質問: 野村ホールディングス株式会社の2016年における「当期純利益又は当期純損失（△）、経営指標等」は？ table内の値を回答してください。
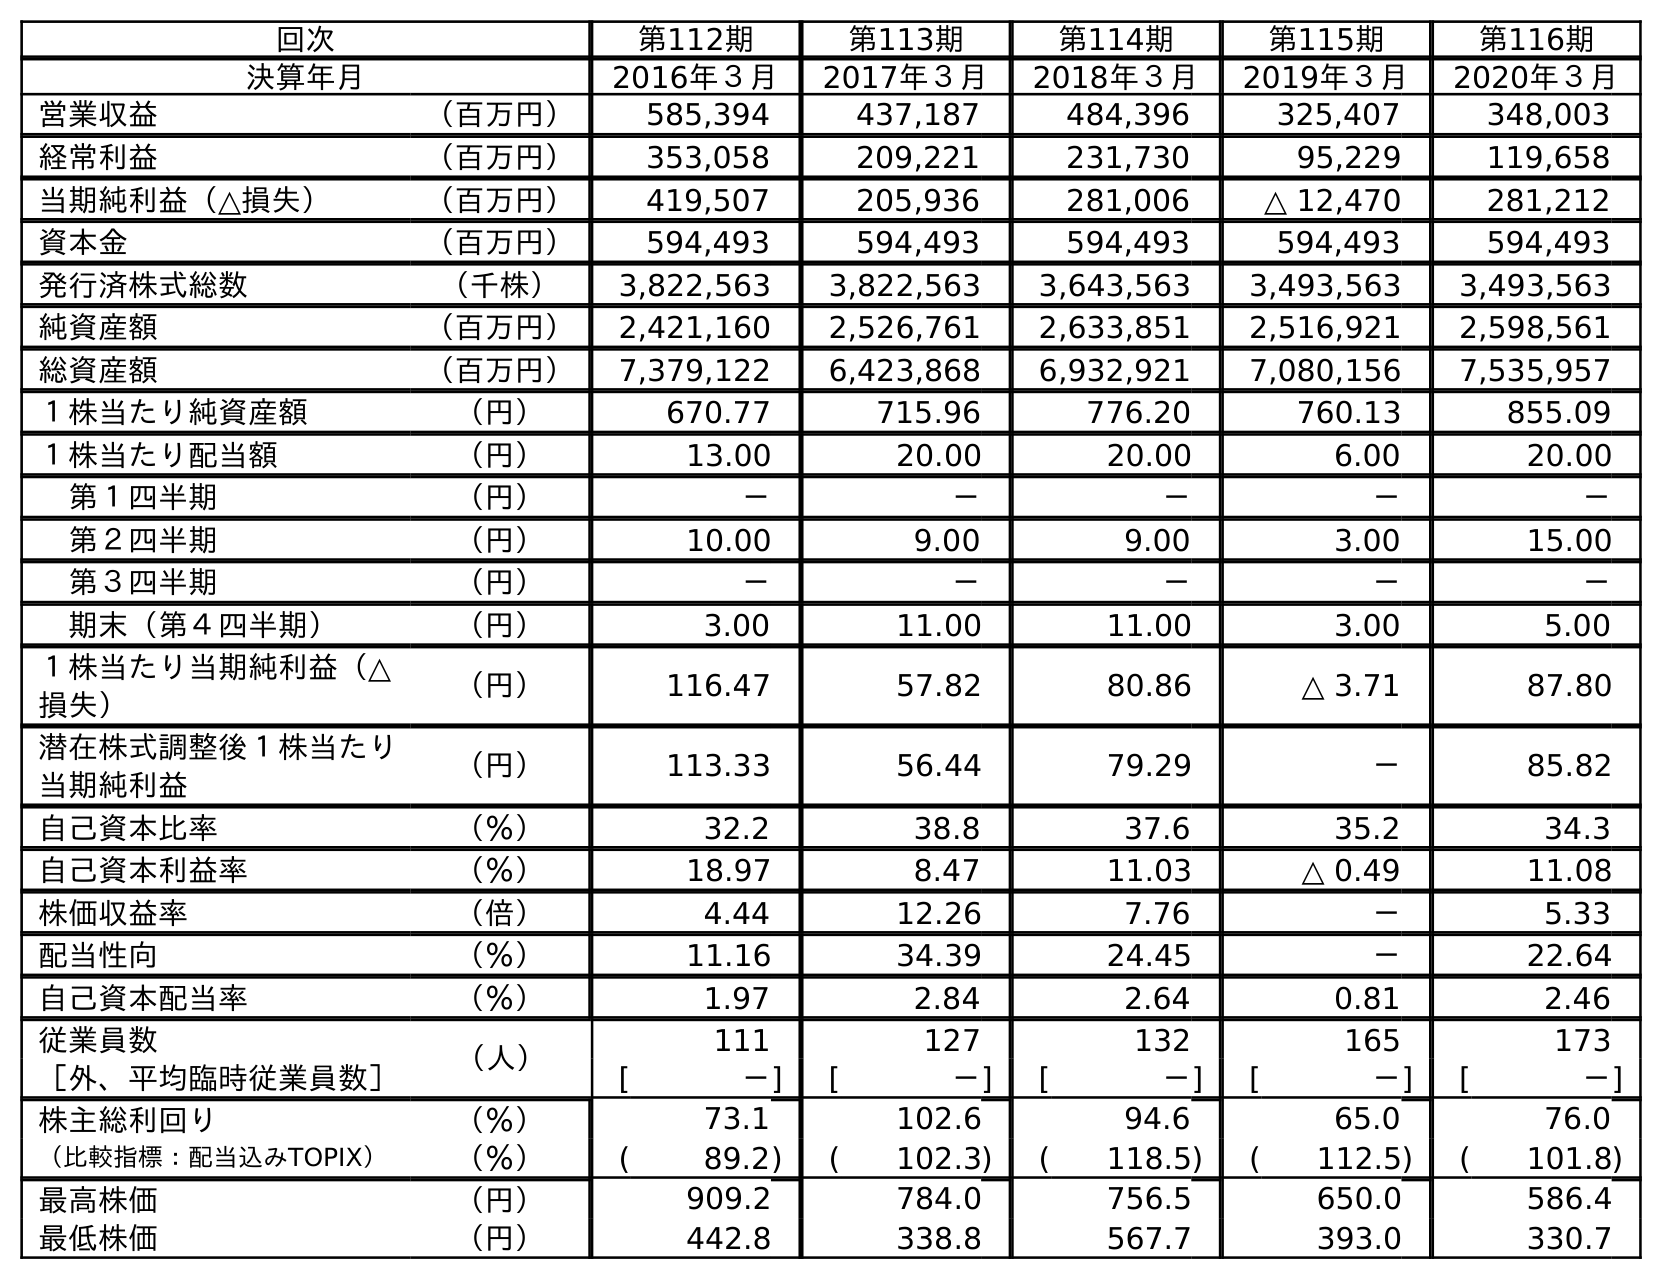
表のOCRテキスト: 回次 第112期 第113期 第114期 第115期 第116期 決算年月 2016年３月 2017年３月 2018年３月 2019年３月 2020年３月 営業収益 （百万円） 585,394 437,187 484,396 325,407 348,003 経常利益 （百万円） 353,058 209,221 231,730 95,229 119,658 当期純利益（△損失） （百万円） 419,507 205,936 281,006 △ 12,470 281,212 資本金 （百万円） 594,493 594,493 594,493 594,493 594,493 発行済株式総数 （千株） 3,822,563 3,822,563 3,643,563 3,493,563 3,493,563 純資産額 （百万円） 2,421,160 2,526,761 2,633,851 2,516,921 2,598,561 総資産額 （百万円） 7,379,122 6,423,868 6,932,921 7,080,156 7,535,957 １株当たり純資産額 （円） 670.77 715.96 776.20 760.13 855.09 １株当たり配当額 （円） 13.00 20.00 20.00 6.00 20.00 第１四半期 （円） － － － － － 第２四半期 （円） 10.00 9.00 9.00 3.00 15.00 第３四半期 （円） － － － － － 期末（第４四半期） （円） 3.00 11.00 11.00 3.00 5.00 １株当たり当期純利益（△ 損失） （円） 116.47 57.82 80.86 △ 3.71 87.80 潜在株式調整後１株当たり 当期純利益 （円） 113.33 56.44 79.29 － 85.82 自己資本比率 （％） 32.2 38.8 37.6 35.2 34.3 自己資本利益率 （％） 18.97 8.47 11.03 △ 0.49 11.08 株価収益率 （倍） 4.44 12.26 7.76 － 5.33 配当性向 （％） 11.16 34.39 24.45 － 22.64 自己資本配当率 （％） 1.97 2.84 2.64 0.81 2.46 従業員数 （人） 111 127 132 165 173 ［外、平均臨時従業員数］ [ －] [ －] [ －] [ －] [ －] 株主総利回り （％） 73.1 102.6 94.6 65.0 76.0 （比較指標：配当込みTOPIX） （％） ( 89.2) ( 102.3) ( 118.5) ( 112.5) ( 101.8) 最高株価 （円） 909.2 784.0 756.5 650.0 586.4 最低株価 （円） 442.8 338.8 567.7 393.0 330.7
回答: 419,507